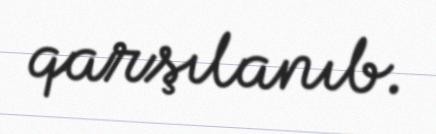
qarşılanıb.